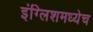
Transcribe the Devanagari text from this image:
इंग्लिशमध्येच